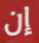
إن